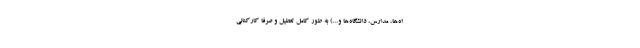
اه‌ها، مدارس، دانشگاه‌ها و...) به طور کامل تعطیل و صرفاً کارکنانی